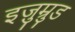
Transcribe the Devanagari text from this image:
इज़ुम्रुड